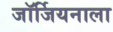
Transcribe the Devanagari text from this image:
जॉर्जियनाला